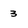
Character: 3